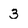
Character: 3